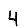
Digit: 4